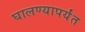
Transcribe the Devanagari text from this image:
घालण्यापर्यंत